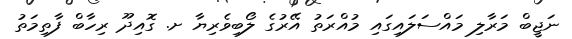
ނަޖީބް މަރާލި މައްސަލައިގައި މުއްރަތު އޭރުގެ ލޯބިވެރިޔާ ށ. ގޮއިދޫ ރިހާބް ފާތިމަތު